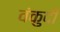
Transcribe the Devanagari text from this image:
वंकुदी